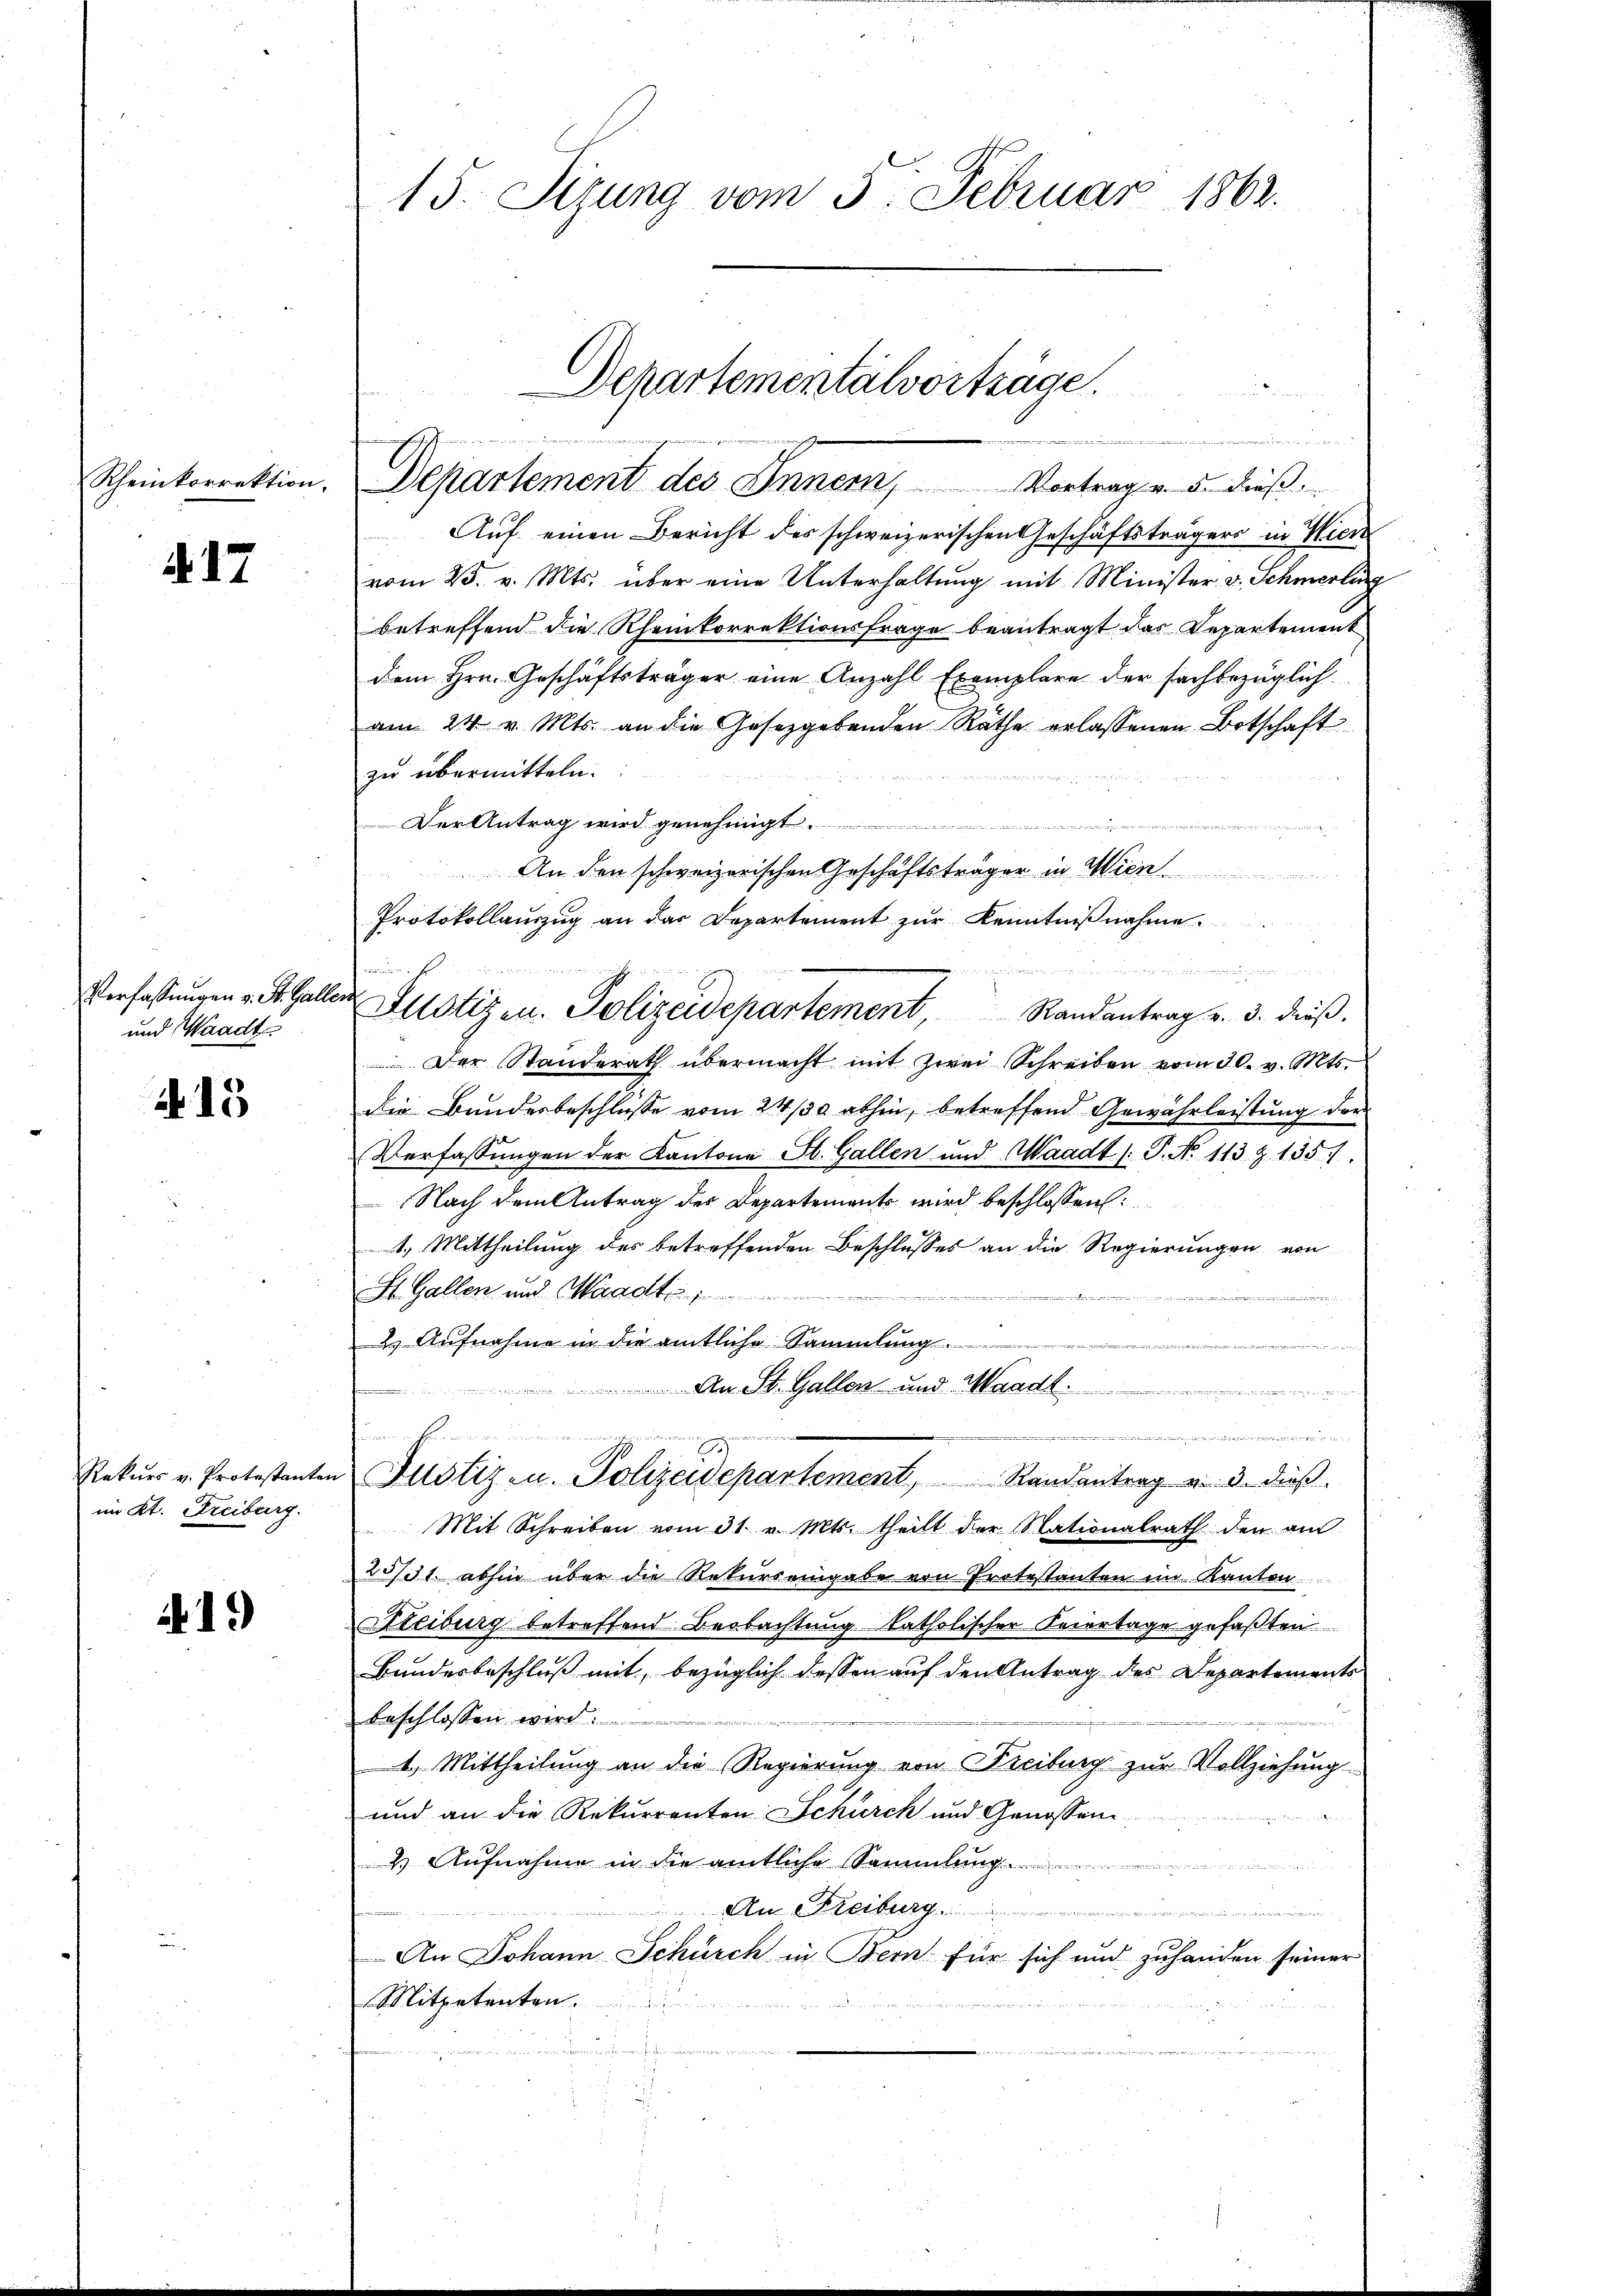
Rheinkorrektion,

A. 17

Verfassungen v. St. Gall
und Waadt

15

im Kt. Freiburg.

1.

15. Sizung vom 3. Februar 1862.

Departementalvorträge.
mungend
Departement des Innern, Vortragen u. dieß¬

n
Auf einen Bericht des schweizerischen Geschäftsträgers in Wier
vom 25. v. Mts. über eine Unterhaltŭng mit Minister v. Schmerling
betreffend die Rheinkorrektionsfrage beantragt das Repartement
dem Hrn. Geschäftsträger eine Anzahl Exemplare der sachbezüglich
am 24. v. Mts. an die Gesetzgebenden Räthe erlassenen Botschaft
zu übermitteln.
Der Antrag wird genehmigt.
a
An den schweizerischen Geschäftsträger in Wien
Protokollauszug an das Departement zur Kenntnißnahme.
Justizen. Polizeidepartement, Randantrag v. 3. dieβ.
Der Standerath übermacht mit zwei Schreiben vom 30. v. Mts.
die Bundesbeschlusse vom 24/30 abhin, betreffend Gewährleistung der
Verfassŭngen der Kantone St. Gallen und Waadt /: P. No 113 Z. 1351
Nach dem Antrag des Departements wird beschlossen:
1.) Mittheilung des betreffenden Beschlusses an die Regierungen von
St. Gallen und Waadt
uniciren an d
2. Aufnahme in die amtliche Sammlung
..........
Aer. St. Gallen und Waadt.

Rekŭrs v. Protestanten Justiz zu. Polizeidepartement, Randantrag u. 3. dieβ.
Mit Schreiben vom 31. v. Mts. theilt der Nationalrath den am
23/31. abhin über die Rekurs eingabe von Protestanten im Kanton
Hteiburg betreffend Beobachtung katholischer Feiertage gefaßten
Bundesbeschluß mit, bezüglich dessen auf den Antrag des Departements
beschlossen wird:
1.) Mittheilung an die Regierung von Freiburg zur Vollziehung
und an die Rekurrenten Schürch und Genossen
2 Aŭfnahme in die amtliche Sammlung
Am Freiburg
An Johann Schürch in Bern für sich und zuhanden seiner
Mitpetenten.

minus F
af